Bréfritari: Sigríður Pálsdóttir
Viðtakandi: Páll Pálsson
Dagsetning: A-1821-01-03
Skrifað á: Hallfreðarstöðum  N-Múl.
Páll var bróðir Sigríðar

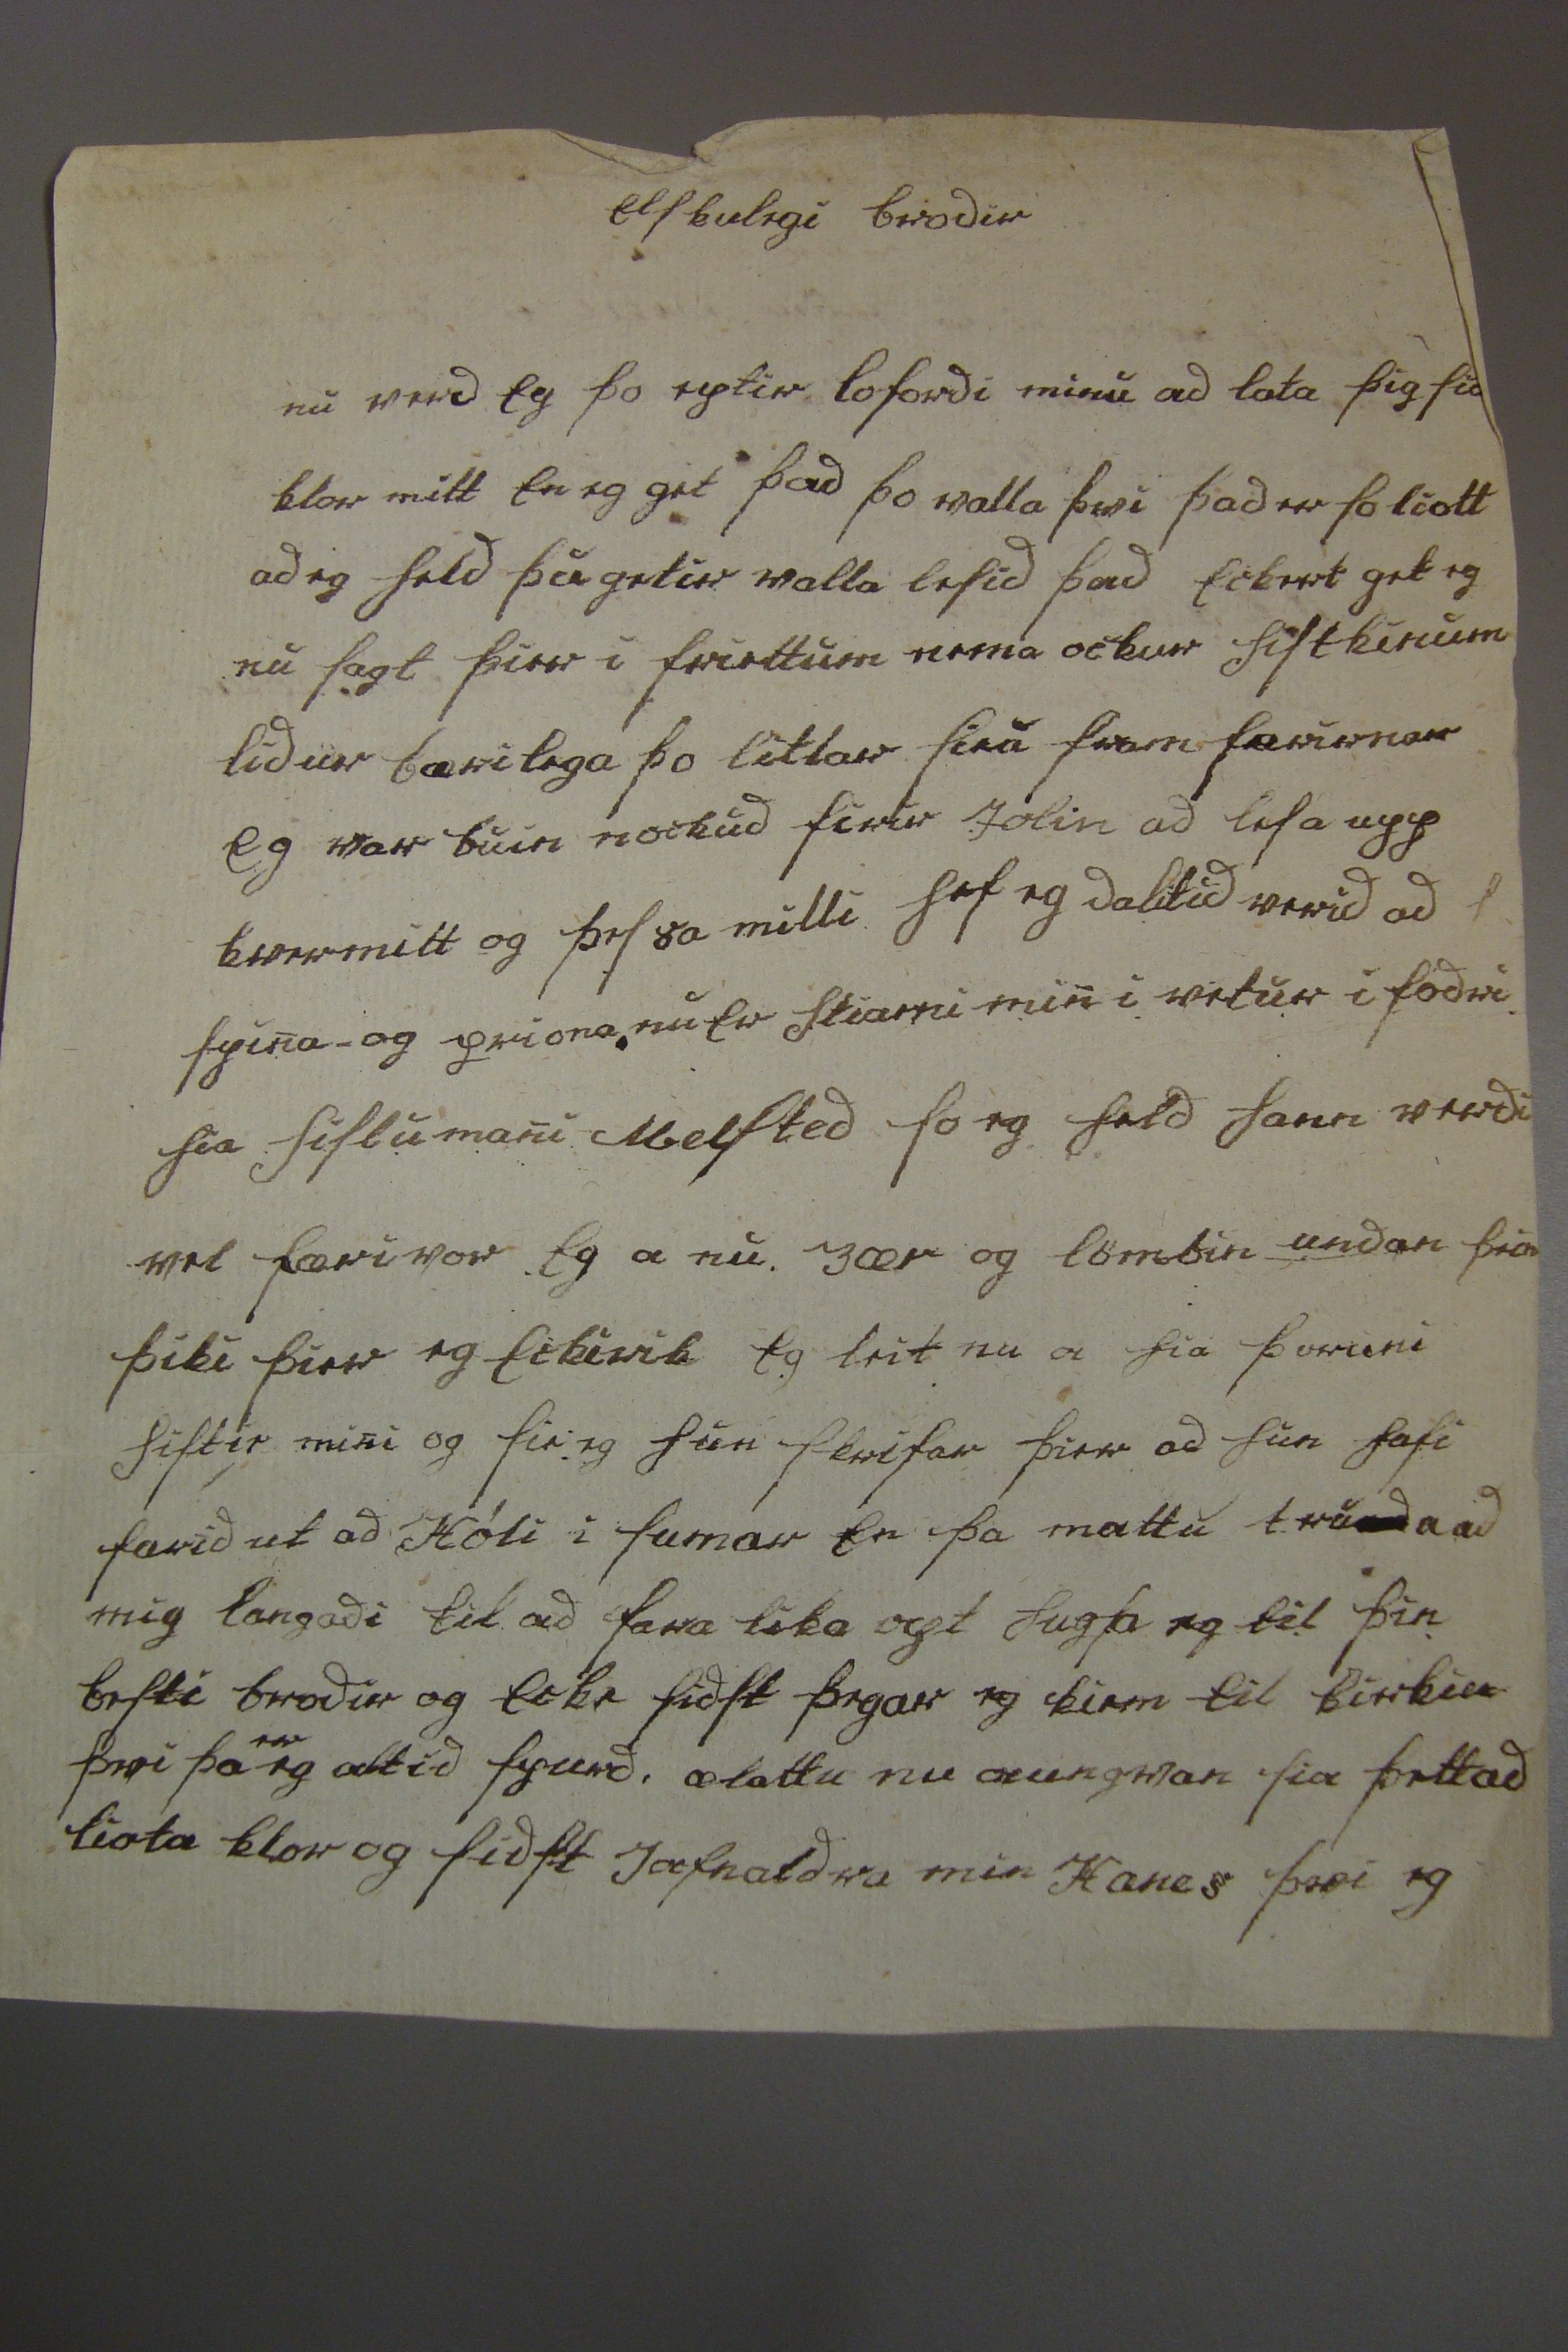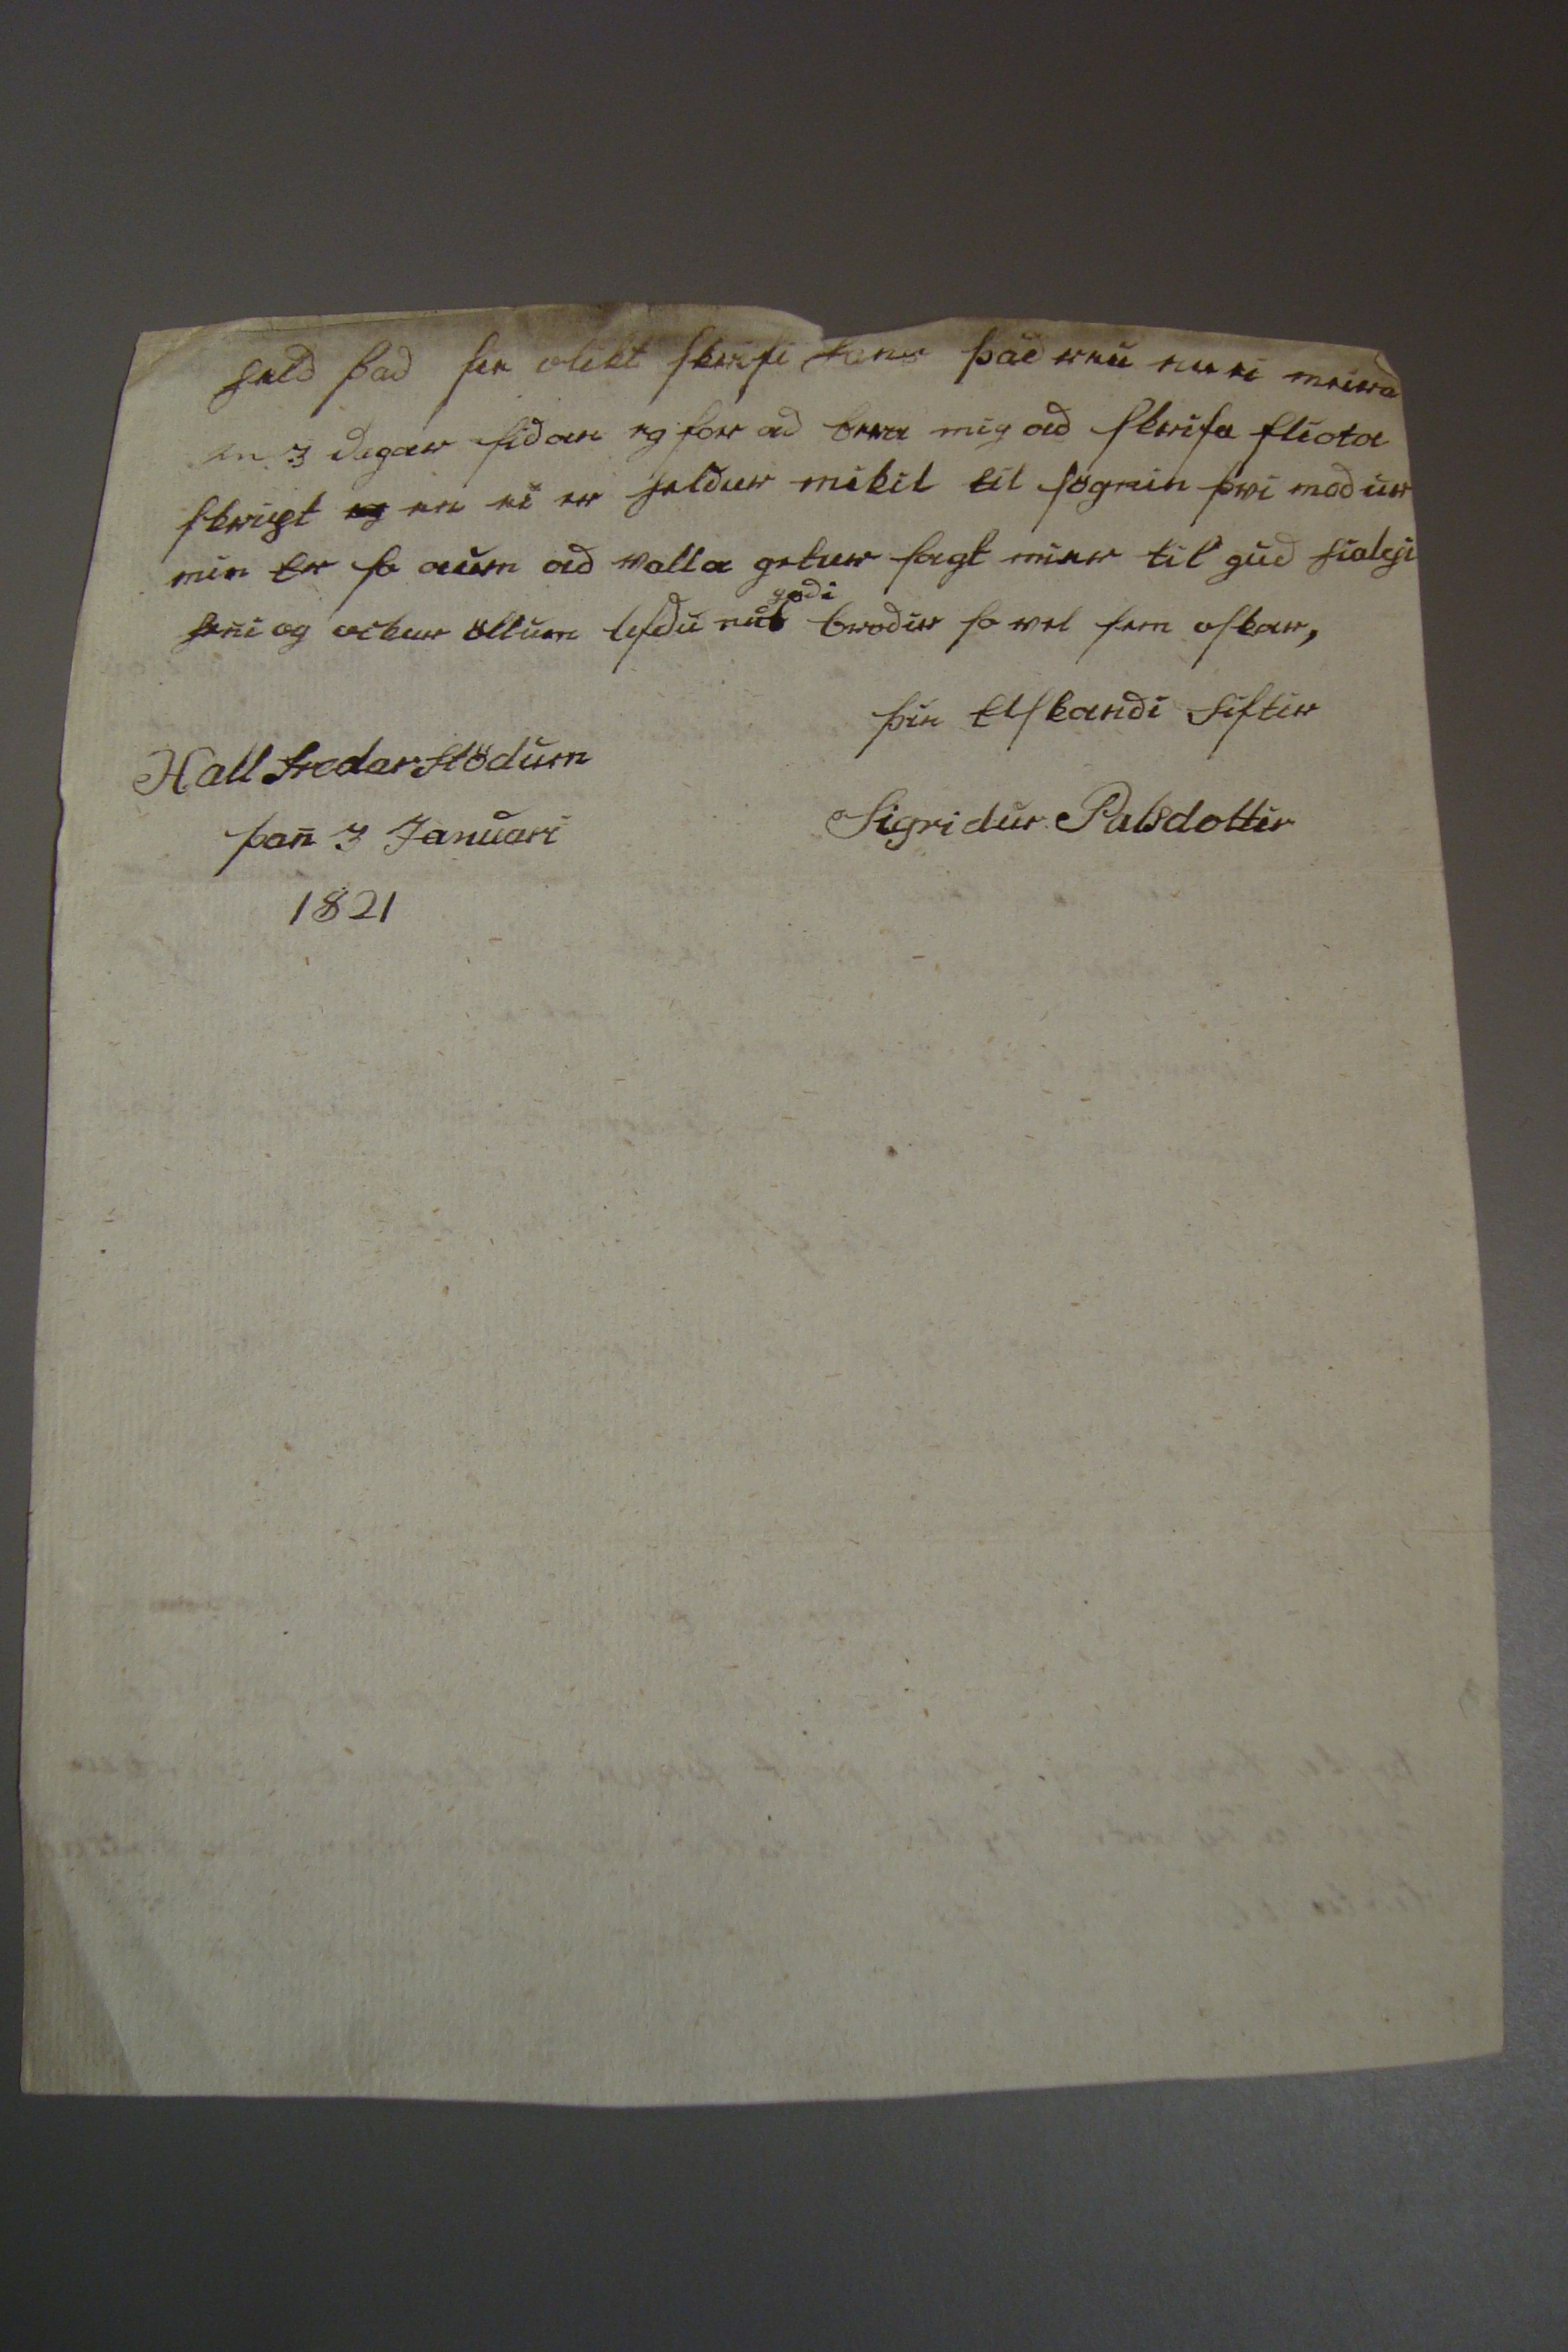

elskulegi brodir
nu verd eg þo eptir lofordi minu ad lata þig sia klor mitt en eg get þad þo valla þvi þad er so liott ad eg held þu getir valla lesid þad eckert get eg nu sagt þier i friettum nema ockur siskinum lidur bærilega þo litlar sieu fram farirnar eg var buin nockud firir Jolin ad lesa upp kver mitt og þess a milli hef eg dalitid verid ad spina og priona nu er
stiarni
min i vetur i fodri hia sislumani Melsted so eg held hann verdi vel fær i vor. eg a nu 3 ær og lömbin undan
þeim
þiki þier eg ecki rik eg leit nu a hia þoruni sistir mini og sie eg hun skrifar þier ad hun hafi farid ut ad Hóli i sumar en þa mattu tru
ad
a ad mig langadi til ad fara lika opt hugsa eg til þin besti brodir og ecki sidst þegar eg kiem til kirkiu þvi þa
er
eg altid spurd, æ lattu nu aungvan sia þettad liota klor og sidst Jafnaldra min Hanes þvi eg
held þad sie olikt skrifi hans þad eru en nu meira en 3 dagar sidan eg for ad bera mig ad skrifa fliota skript
og
en ei er heldur mikil til sögnin þvi modur min er so aum ad valla getur sagt mier til gud hialpi heni og ockur öllum lifdu nu
godi
brodir so vel sem oskar,
þin elskandi sistir
Sigridur Palsdottir
Hallfredarstödum þan 3 Januari 1821